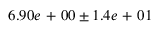
6 . 9 0 e \mathrm { ~ + ~ } 0 0 \pm 1 . 4 e \mathrm { ~ + ~ } 0 1